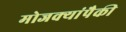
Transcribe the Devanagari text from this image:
मोजक्यांपैकी